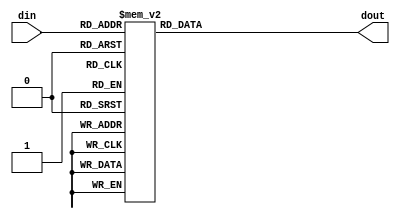
`timescale 1ns / 1ps
//////////////////////////////////////////////////////////////////////////////////
// Company: 
// Engineer: 
// 
// Design Name: 
// Module Name: seg7
// Project Name: 
// Target Devices: 
// Tool Versions: 
// Description: 
// 
// Dependencies: 
// 
// Revision:
// Revision 0.01 - File Created
// Additional Comments:
// 
//////////////////////////////////////////////////////////////////////////////////

module seg7(
    input wire [3:0]din,
    output reg [6:0]dout
    );
 
    always@(*)
    case(din)
        5'h0:dout = 7'b000_0001;
        5'h1:dout = 7'b100_1111;
        5'h2:dout = 7'b001_0010;
        5'h3:dout = 7'b000_0110;
        5'h4:dout = 7'b100_1100;
        5'h5:dout = 7'b010_0100;
        5'h6:dout = 7'b010_0000;
        5'h7:dout = 7'b000_1111;
        5'h8:dout = 7'b000_0000;
        5'h9:dout = 7'b000_0100;
        5'ha:dout = 7'b000_1000;
        5'hb:dout = 7'b110_0000;
        5'hc:dout = 7'b011_0001;
        5'hd:dout = 7'b100_0010;
        5'he:dout = 7'b011_0000;
        5'hf:dout = 7'b011_1000;
        default:dout = 7'b111_1111;        
    endcase
    
    
endmodule